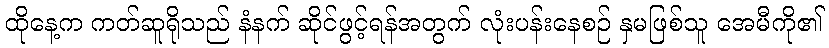
ထိုနေ့က ကတ်ဆူရိုသည် နံနက် ဆိုင်ဖွင့်ရန်အတွက် လုံးပန်းနေစဉ် နှမဖြစ်သူ အေမီကို၏